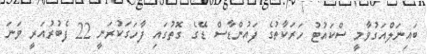
ބައިނަލްއަގުވާމީ ސްކައުޓު ހަރަކާތުގެ ފައުންޑާސް ޑޭގެ ގޮތުގައި ފާހަގަކުރަނީ 22 ފެބުރުއަރީ ވަނަ